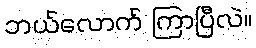
ဘယ်လောက် ကြာပြီလဲ။